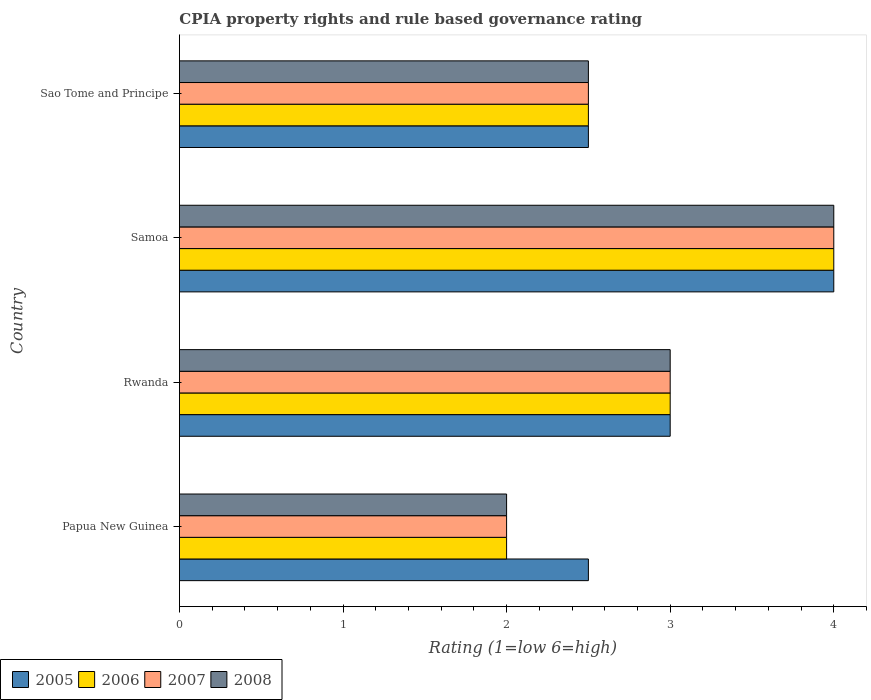
| Country | 2005 | 2006 | 2007 | 2008 |
 | --- | --- | --- | --- | --- |
 | Papua New Guinea | 2.5 | 2 | 2 | 2 |
 | Rwanda | 3 | 3 | 3 | 3 |
 | Samoa | 4 | 4 | 4 | 4 |
 | Sao Tome and Principe | 2.5 | 2.5 | 2.5 | 2.5 |